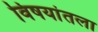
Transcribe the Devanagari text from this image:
विषयांतला